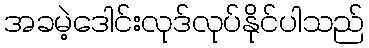
အခမဲ့ဒေါင်းလုဒ်လုပ်နိုင်ပါသည်